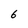
Character: 6